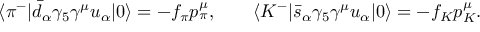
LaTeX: \langle \pi ^ { - } | \bar { d } _ { \alpha } \gamma _ { 5 } \gamma ^ { \mu } u _ { \alpha } | 0 \rangle = - f _ { \pi } p _ { \pi } ^ { \mu } , \qquad \langle K ^ { - } | \bar { s } _ { \alpha } \gamma _ { 5 } \gamma ^ { \mu } u _ { \alpha } | 0 \rangle = - f _ { K } p _ { K } ^ { \mu } .